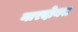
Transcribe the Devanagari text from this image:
नारदोक्त